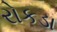
રોકડા